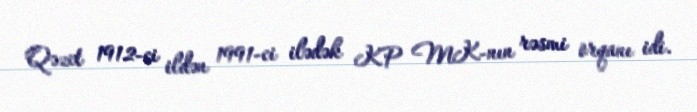
Qəzet 1912-ci ildən 1991-ci ilədək KP MK-nın rəsmi orqanı idi.